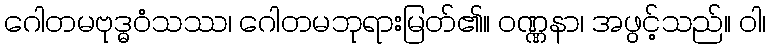
ဂေါတမဗုဒ္ဓဝံသဿ၊ ဂေါတမဘုရားမြတ်၏။ ဝဏ္ဏနာ၊ အဖွင့်သည်။ ဝါ၊